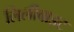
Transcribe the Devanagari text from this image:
लिलीवाइट